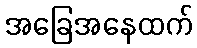
အခြေအနေထက်